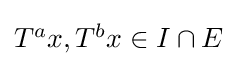
{\textstyle T^{a}x,T^{b}x\in I\cap E}